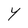
Character: Y